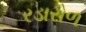
રડારોળ